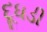
દૂધડી